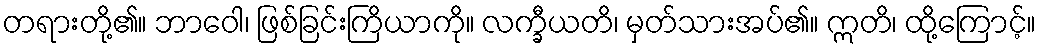
တရားတို့၏။ ဘာဝေါ၊ ဖြစ်ခြင်းကြိယာကို။ လက္ခီယတိ၊ မှတ်သားအပ်၏။ ဣတိ၊ ထို့ကြောင့်။